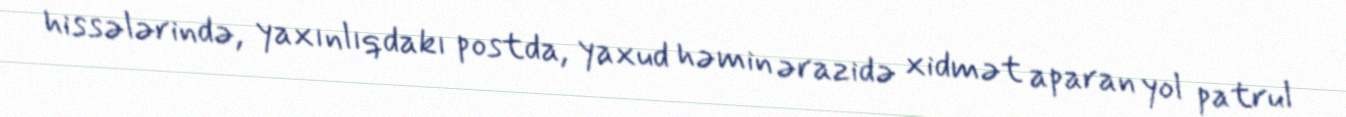
hissələrində, yaxınlıqdakı postda, yaxud həmin ərazidə xidmət aparan yol patrul